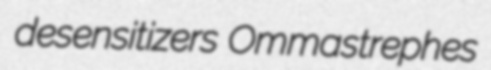
desensitizers Ommastrephes